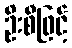
ဦးစီဖြင့်